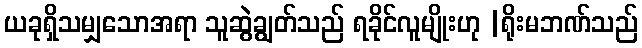
ယခုရှိသမျှသောအရာ သူဆွဲချွတ်သည် ရခိုင်လူမျိုးဟု |ရိုးမဘဏ်သည်